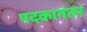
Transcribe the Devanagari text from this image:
पदकानंतर